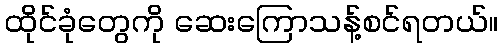
ထိုင်ခုံတွေကို ဆေးကြောသန့်စင်ရတယ်။